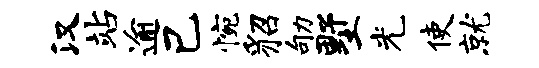
汉站逾己惋貂劬墅光使就